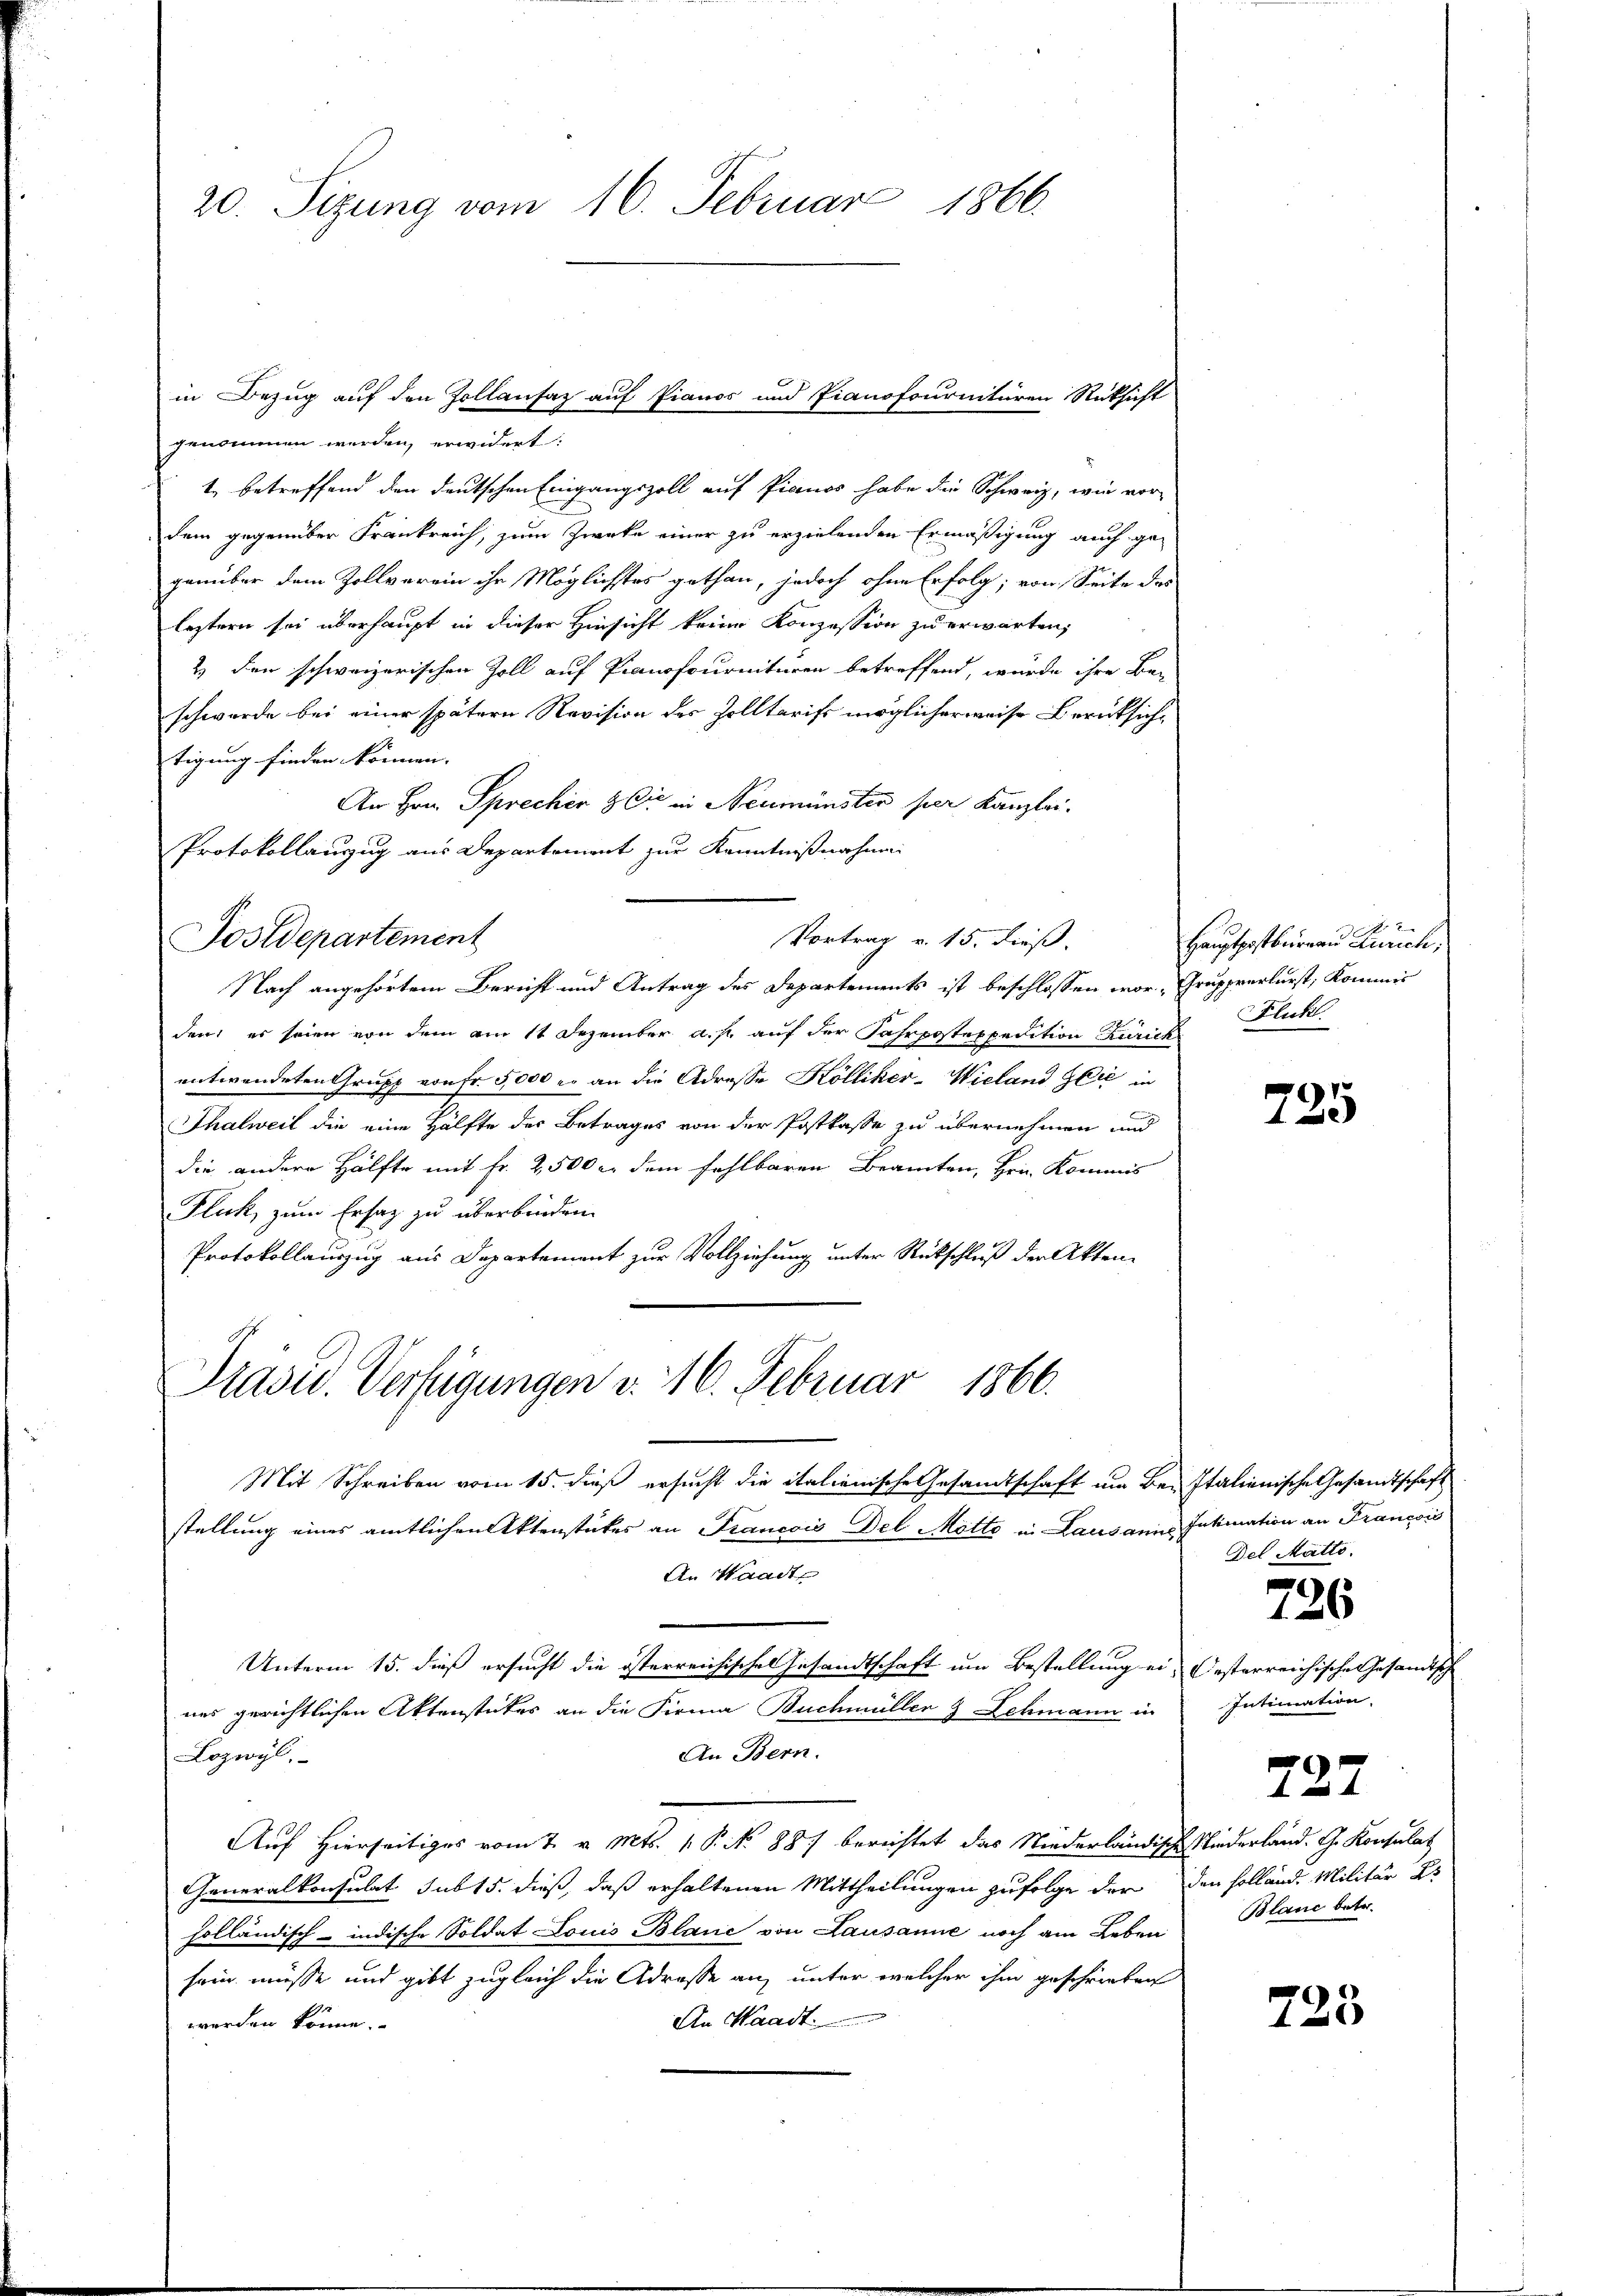
20. Sizung vom 16. Februar 1866.

genommen werden, erwidert:
t. betreffend den Deutschen Eingangszoll auf Pianos habe die Schweiz, wie vordem gegenüber Frankreich, zum Zwecke einer zu erzielenden Ermäßigung auch gegenüber dem Zollverein ihr Möglichstes gethan, jedoch ohne Erfolg; von Seite des
leztern sei überhaupt in dieser Hinsicht keine Konzession zu erwarten,
2) den schweizerischen Zoll auf Pianofournituren betreffend, wurde ihre Be-
schwerde bei einer spätern Revision des Zolltarifs möglicherweise Berücksichtigung finden können. |
An Hrn. Sprechen & Cie in Neumünster per Kanzlei.
Protokollauszug aus Departement zur Kenntnißnahme
Vortrag v. 15. dieß.
Postdepartement
Nach angehörtem Bericht und Antrag des Departements ist beschlossen wor- Grupprerlurst, Kommis
den, es seien von dem am 11 Dezember a. p. auf der Fahrpostexpedition Zurick
entwendeten Grupp von Fr. 5000 er an die Adresse Kölliker-Wieland Glić in
Thalweil die eine Hälfte des Betrages von der Postkasse zu übernehmen und
die andere Hälfte mit Fr. 2500 an dem fehlbaren Beamten, Hrn. Kommis
Fluck, zum Ersatz zu überbinden.
Protokollauszug aus Departement zur Vollziehung unter Rückschluß der Akten¬
Präsid. Verfügungen d. 16. Februar 1866.
Mit Schreiben vom 15. dieß ersucht die italienische Gesandtschaft um Be- Italienische Gesandtschaft
stellung eines amtlichen Aktenstückes an Francois Del Motto in Lausannes Inkration an François
An Waadt
Unterm 15. dieß ersucht die österreichischen Gesandtschaft um Bestellung ein Festerreichische Gesandtische
nes gerichtlichen Aktenstückes an die Firma Buchmüller & Schmann in
An Bern.
Lozwyl,
Auf Hierseitiges vom 7. v. Mts. v. P. No 887 berichtet das Niederländische Niederland. G. Konsulat
Generalkonsulat sub 15. dieß, daß erhaltenen Mittheilungen zufolge der den Holland. Militär es
holländisch-indische Soldat Louis Blanc von Lausanne noch am Leben
sein müsse und gibt zugleich die Adresse an, unter welcher ihm geschrieben
An Waadt.
werden könne.

in Bezug auf den Zollansaz auf Pianos und Pianofournitären Rüksicht

Hauptpostbernau Zürich,
Fluk.

725

Del Matto.

726

Intimation
Blanc betr.

727

725